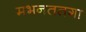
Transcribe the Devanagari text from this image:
मभनततगा